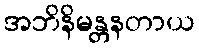
အဘိနိမန္တနတာယ